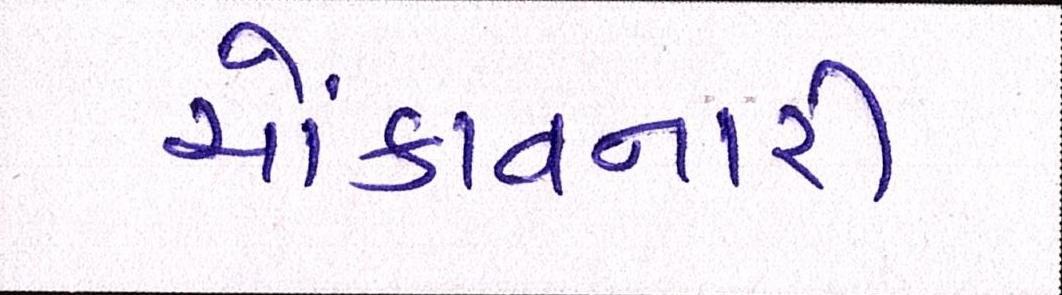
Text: ચોંકાવનારી